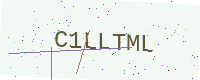
Text: C1LLTML